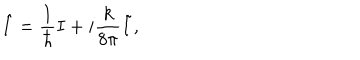
LaTeX: \hat { I } = { \frac { 1 } { \hbar } } I + i { \frac { k } { 8 \pi } } \tilde { I } ,